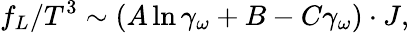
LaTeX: f_{L}/T^{3}\sim(A\ln\gamma_{\omega}+B-C\gamma_{\omega})\cdot J,